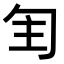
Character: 𠣕